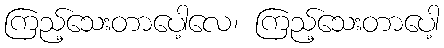
ကြည့်သေးတာပေါ့လေ၊ ကြည့်သေးတာပေါ့